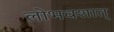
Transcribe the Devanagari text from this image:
लोभवशात्